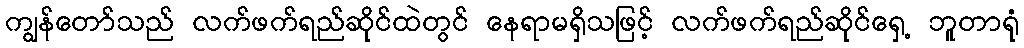
ကျွန်တော်သည် လက်ဖက်ရည်ဆိုင်ထဲတွင် နေရာမရှိသဖြင့် လက်ဖက်ရည်ဆိုင်ရှေ့ ဘူတာရုံ